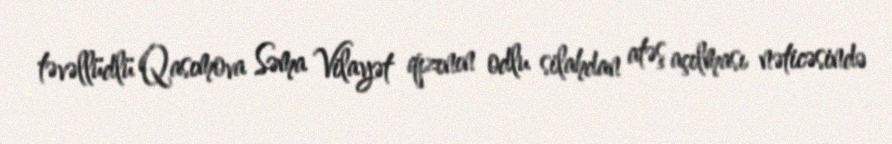
təvəllüdlü Qasımova Səma Vilayət qızının odlu silahdan atəş açılması nəticəsində